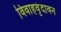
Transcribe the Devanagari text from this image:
विवाहवृंदावन